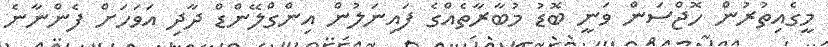
މީގެއިތުރުން ހޮޖްސަން ވަނީ ބޮޑު މުބާރާތެއްގެ ފައިނަލުން އިންގްލޭންޑް ދާދި އަވަހަށް ފެންނާނެ